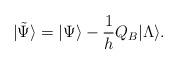
LaTeX: \begin{align*}|\tilde{\Psi}\rangle =|\Psi\rangle -\frac{1}{h}Q_B|\Lambda\rangle . \end{align*}